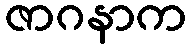
ဇာဂနာက